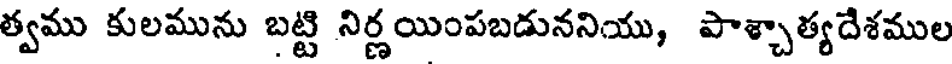
త్వము కులమును బట్టి నిర్ణయింపబడుననియు, పాశ్చాత్యదేశముల